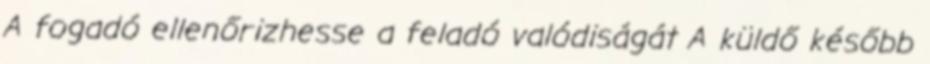
A fogadó ellenőrizhesse a feladó valódiságát A küldő később